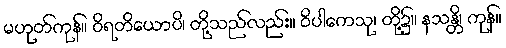
မဟုတ်ကုန်။ ဝိရတိယောပိ၊ တို့သည်လည်း။ ဝိပါကေသု၊ တို့၌။ နသန္တိ၊ ကုန်။